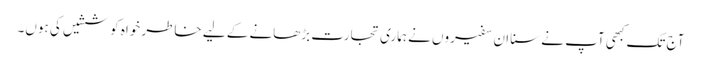
آج تک کبھی آپ نے سنا ان سفیروں نے ہماری تجارت بڑھانے کے لیے خاطر خواہ کوششیں کی ہوں۔